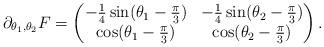
\begin{align*}&\partial_{\theta_1, \theta_2} F = \begin{pmatrix}-\frac{1}{4} \sin(\theta_1 - \frac{\pi}{3}) & -\frac{1}{4} \sin(\theta_2 - \frac{\pi}{3})\\\cos(\theta_1 - \frac{\pi}{3}) & \cos(\theta_2 - \frac{\pi}{3})\end{pmatrix}.\end{align*}